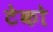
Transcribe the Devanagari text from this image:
टेको